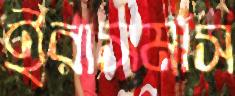
ইরাসমাস